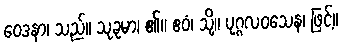
ဝေဒနာ၊ သည်။ သုခုမာ၊ ၏။ ဧဝံ၊ သို့။ ပုဂ္ဂလဝသေန၊ ဖြင့်။